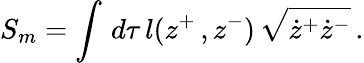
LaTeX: S_{m}=\int\, d\tau\, l(z^{+}\, ,z^{-})\, \sqrt{\dot{z}^{+}\dot{z}^{-}}\, .